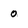
Character: 0